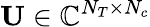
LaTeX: \mathbf{U}\in\mathbb{C}^{N_{T}\times N_{c}}